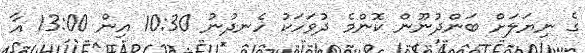
ގެ ނިޔަލަށް ބަންދުނޫން ކޮންމެ ދުވަހަކު ހެނދުނު 10:30 އިން 13:00 އާ